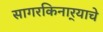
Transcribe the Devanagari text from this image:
सागरकिनार्‍याचे